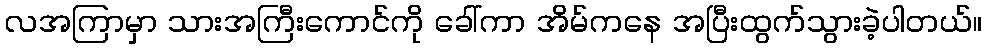
လအကြာမှာ သားအကြီးကောင်ကို ခေါ်ကာ အိမ်ကနေ အပြီးထွက်သွားခဲ့ပါတယ်။